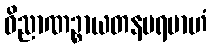
ဝိညာဏဉ္စာယတနပရမာဟံ